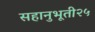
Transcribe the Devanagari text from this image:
सहानुभूती२५